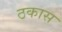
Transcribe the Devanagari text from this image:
ठकास